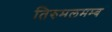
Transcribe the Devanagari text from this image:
तिरुमलमम्ब